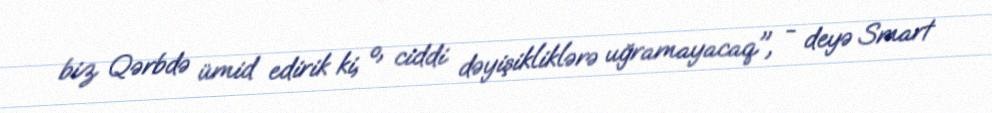
biz Qərbdə ümid edirik ki, o, ciddi dəyişikliklərə uğramayacaq", - deyə Smart